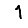
Digit: 1